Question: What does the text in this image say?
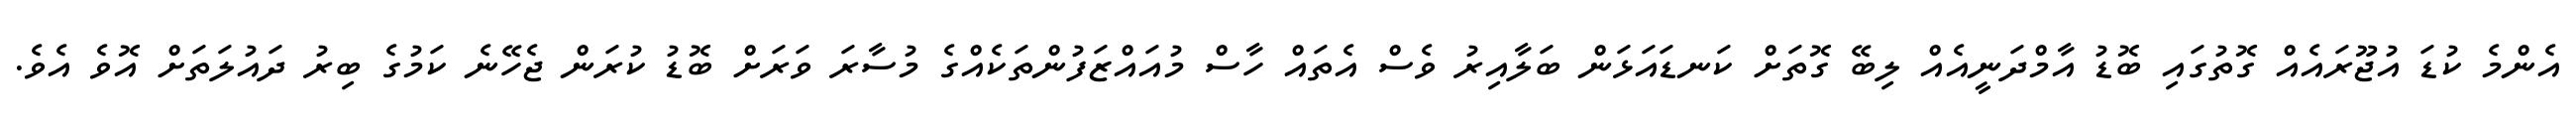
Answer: އެންމެ ކުޑަ އުޖޫރައެއް ގޮތުގައި ބޮޑު އާމްދަނީއެއް ލިބޭ ގޮތަށް ކަނޑައަޅަން ބަލާއިރު ވެސް އެތައް ހާސް މުއައްޒަފުންތަކެއްގެ މުސާރަ ވަރަށް ބޮޑު ކުރަން ޖެހޭނެ ކަމުގެ ބިރު ދައުލަތަށް އޮވެ އެވެ.